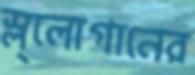
স্ল্লোগানের